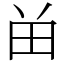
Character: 𬎿